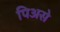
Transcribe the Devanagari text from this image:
पिअसे